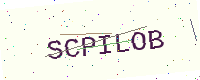
Text: SCPILOB